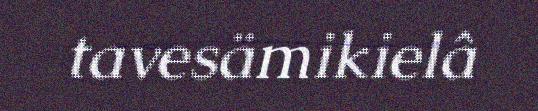
tavesämikielâ